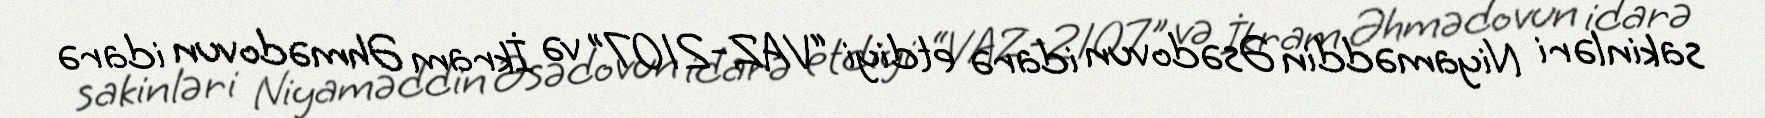
sakinləri Niyaməddin Əsədovun idarə etdiyi “VAZ-2107" və İkram Əhmədovun idarə